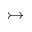
\rightarrowtail